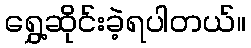
ရွှေ့ဆိုင်းခဲ့ရပါတယ်။